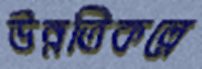
উন্নতিকল্পে